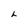
Character: L